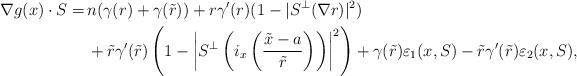
LaTeX: \begin{align*}\nabla g(x) \cdot S =& \, n(\gamma(r) + \gamma(\tilde{r})) + r \gamma^{\prime}(r) (1-|S^{\perp}(\nabla r)|^2) \\&\, + \tilde{r}\gamma^{\prime}(\tilde{r}) \left(1-\left|S^{\perp}\left(i_x\left(\dfrac{\tilde{x}-a}{\tilde{r}}\right)\right)\right|^2\right) + \gamma(\tilde{r})\varepsilon_1(x,S) - \tilde{r}\gamma^{\prime}(\tilde{r})\varepsilon_2(x,S), \end{align*}